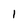
Character: l